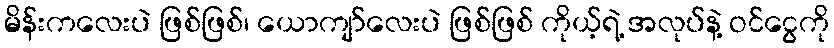
မိန်းကလေးပဲ ဖြစ်ဖြစ်၊ ယောကျာ်လေးပဲ ဖြစ်ဖြစ် ကိုယ့်ရဲ့ အလုပ်နဲ့ ဝင်ငွေကို